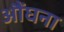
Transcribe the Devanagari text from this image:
औंघना